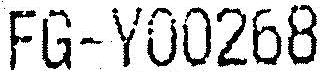
FG-Y00268